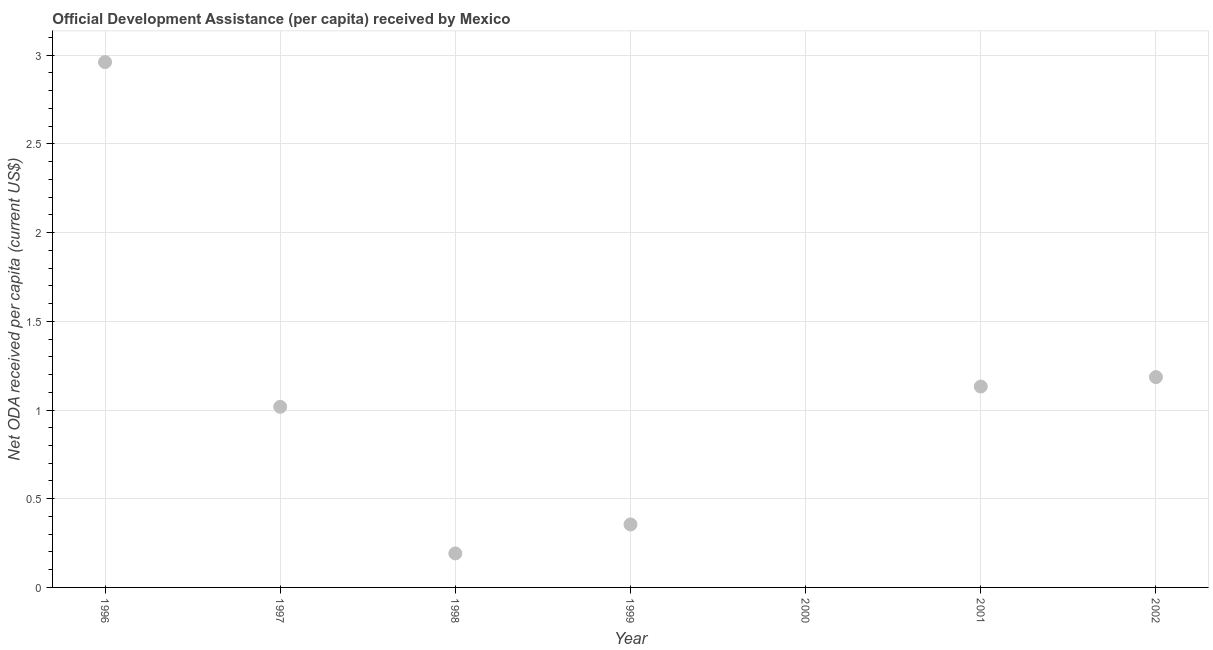
| Year | Net ODA received per capita |
 | --- | --- |
 | 1996 | 2.96 |
 | 1997 | 1.02 |
 | 1998 | 0.192 |
 | 1999 | 0.355 |
 | 2000 | -0.562 |
 | 2001 | 1.13 |
 | 2002 | 1.19 |